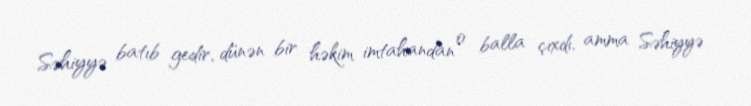
Səhiyyə batıb gedir, dünən bir həkim imtahandan 0 balla çıxdı, amma Səhiyyə